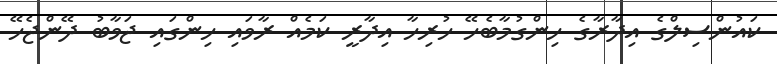
ކައުންސިލްގެ އިދާރާގެ ހިންގުމާބެހޭ ހުރިހާ އިދާރީ ކަމެއް ރާވައި ހިންގައި ޖަވާބު ދޭންޖެހޭ